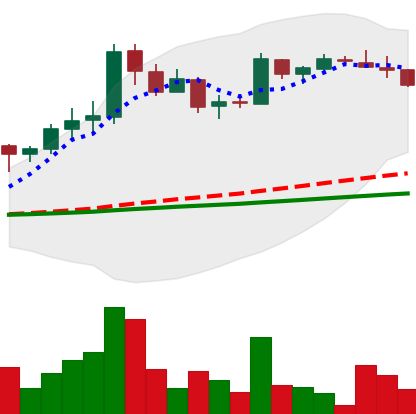
Ticker: LTC-USD
Chart end date: 2017-04-19
Forward return: 54.953%
Label: up_7plus